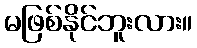
မဖြစ်နိုင်ဘူးလား။